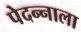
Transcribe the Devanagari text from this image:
पेदन्नाला